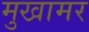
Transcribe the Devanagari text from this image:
मुखामर